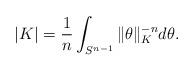
LaTeX: \begin{align*}|K|=\frac 1n \int_{S^{n-1}} \|\theta\|_K^{-n} d\theta.\end{align*}